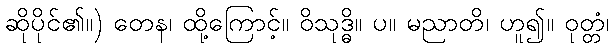
ဆိုပိုင်၏။) တေန၊ ထို့ကြောင့်။ ဝိသုဒ္ဓိ။ ပ။ မညာတိ၊ ဟူ၍။ ဝုတ္တံ၊